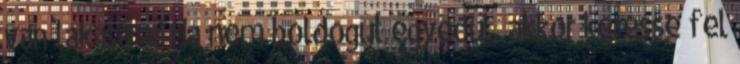
van lakására? Ha nem boldogul egyedül, akkor keresse fel